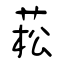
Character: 菘